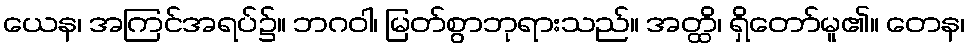
ယေန၊ အကြင်အရပ်၌။ ဘဂဝါ၊ မြတ်စွာဘုရားသည်။ အတ္ထိ၊ ရှိတော်မူ၏။ တေန၊